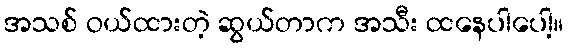
အသစ် ဝယ်ထားတဲ့ ဆွယ်တာက အသီး ထနေပါပေါ့။